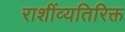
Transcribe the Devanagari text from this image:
राशींव्यतिरिक्त